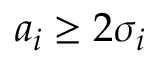
a _ { i } \geq 2 \sigma _ { i }